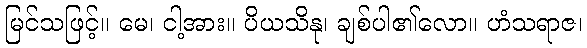
မြင်သဖြင့်။ မေ၊ ငါ့အား။ ပိယသိနု၊ ချစ်ပါ၏လော။ ဟံသရာဇ၊